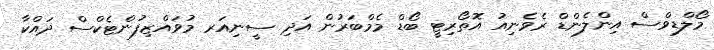
މޯލްޑިވްސް އިންލެންޑް ރެވެނިއު އޮތޯރިޓީ ބޯޑް މެމްބަރުން އަދި ސީނިއަރ މުވައްޒިފުންޓެކްސް ދައްކާ